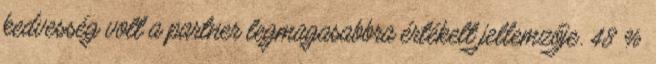
kedvesség volt a partner legmagasabbra értékelt jellemzője. 48 %